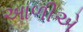
આળીએ